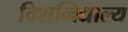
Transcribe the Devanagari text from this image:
विशव्विद्याल्य